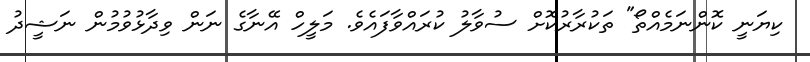
ކިޔަނީ ކޮންނަމެއްތޯ" ތަކުރާރުކޮށް ސުވާލު ކުރައްވާފައެވެ. މަލީހް އޭނާގެ ނަން ވިދާޅުވުމުން ނަޝީދު